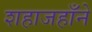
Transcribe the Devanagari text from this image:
शहाजहाँने